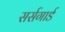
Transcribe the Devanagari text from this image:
सर्सगार्ड